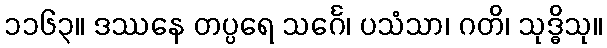
၁၁၆၃။ ဒဿနေ တပ္ပရေ သင်္ဂေ၊ ပသံသာ၊ ဂတိ၊ သုဒ္ဓိသု။